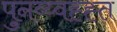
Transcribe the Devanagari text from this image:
पुनव्य्वह्ह्त